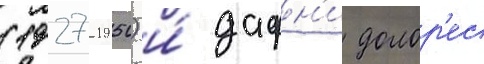
(1927-1950) и́ дафн'и долор'ес